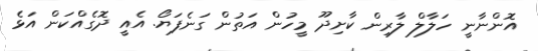
އޮންނާނީ ހަލާލް ލާރިން ކާށިދޫ މީހުން އަތުން ގަނެފަޔޯ. އެއީ ދޮގެއްކަން އަޅެ